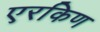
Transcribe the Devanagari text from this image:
एरकिण